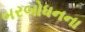
બરબોધનના